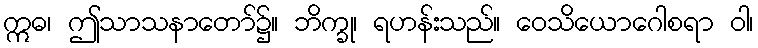
ဣဓ၊ ဤသာသနာတော်၌။ ဘိက္ခု၊ ရဟန်းသည်။ ဝေသိယောဂေါစရာ ဝါ၊